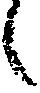
々